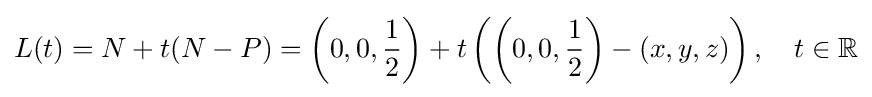
L(t)=N+t(N-P)=\left(0,0,{\frac {1}{2}}\right)+t\left(\left(0,0,{\frac {1}{2}}\right)-(x,y,z)\right),\quad t\in \mathbb {R}